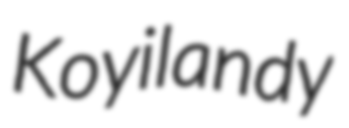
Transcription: Koyilandy